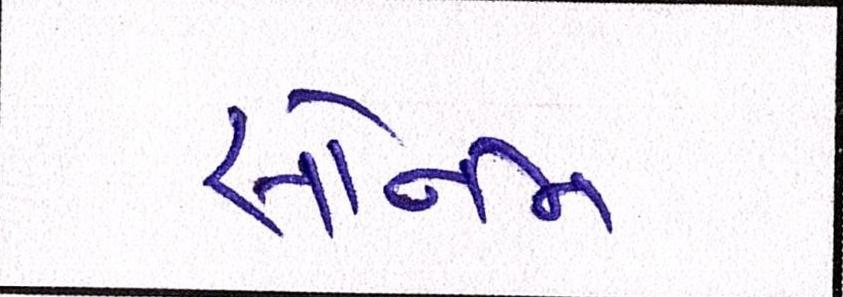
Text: સોનમ